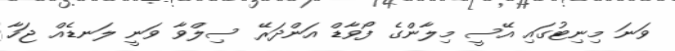
ވަނަ މިނިޓުގައި އޭސީ މިލާންގެ ފޯވާޑް އަންދަރޭ ސިލްވާ ވަނީ ލަނޑެއް ޖަހާ